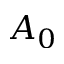
A _ { 0 }